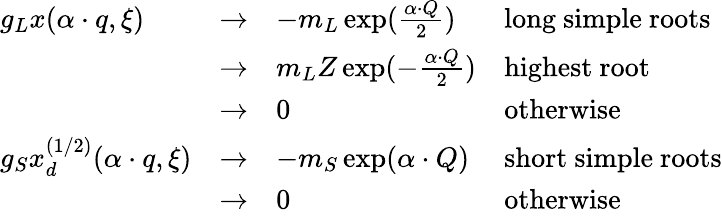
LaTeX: \begin{array}{llll}{{g_{L}x(\alpha\cdot q,\xi)}}&{{\rightarrow}}&{{-m_{L}\exp({\frac{\alpha\cdot Q}{2}})}}&{{\mathrm{long~simple~roots}}}\\ {{}}&{{\rightarrow}}&{{{m_{L}Z}\exp(-{\frac{\alpha\cdot Q}{2}})}}&{{\mathrm{highest~root}}}\\ {{}}&{{\rightarrow}}&{{0}}&{{\mathrm{otherwise}}}\\ {{g_{S}x_{d}^{(1/2)}(\alpha\cdot q,\xi)}}&{{\rightarrow}}&{{-m_{S}\exp({\alpha\cdot Q})}}&{{\mathrm{short~simple~roots}}}\\ {{}}&{{\rightarrow}}&{{0}}&{{\mathrm{otherwise}}}\end{array}